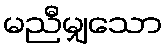
မညီမျှသော